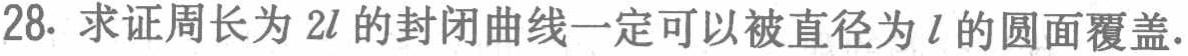
28. 求证周长为 \(2l\) 的封闭曲线一定可以被直径为 \(l\) 的圆面覆盖.